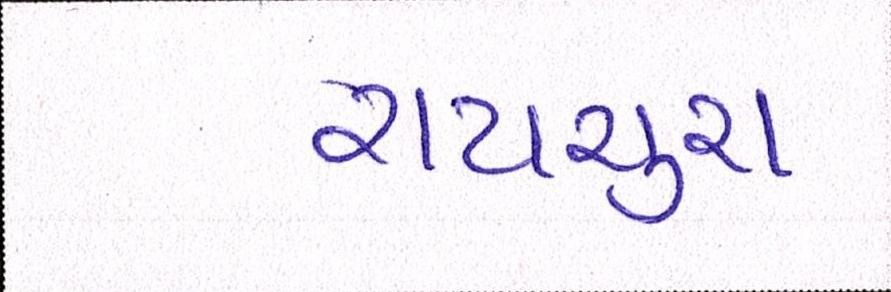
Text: રાયચુરા